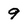
Character: 9